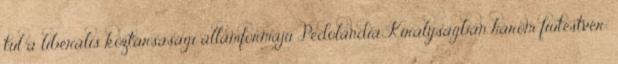
túl a liberális köztársasági államformájú Pedolandia Királyságban három fiútestvér: